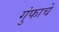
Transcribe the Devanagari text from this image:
गुंफाचे